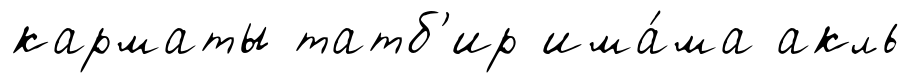
карматы татб'ир има́ма акль